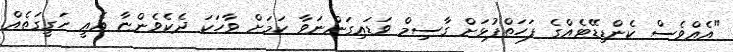
"އެއްވެސް ކެންޑިޑޭޓެއްގެ ފަހަތްޕުޅަށް ގާސިމް ވަޑައިގަންނަވާ ކަމަށް ވާހަކަ ދެކެވެންޏާ އެއީ ހަގީގަތެއް